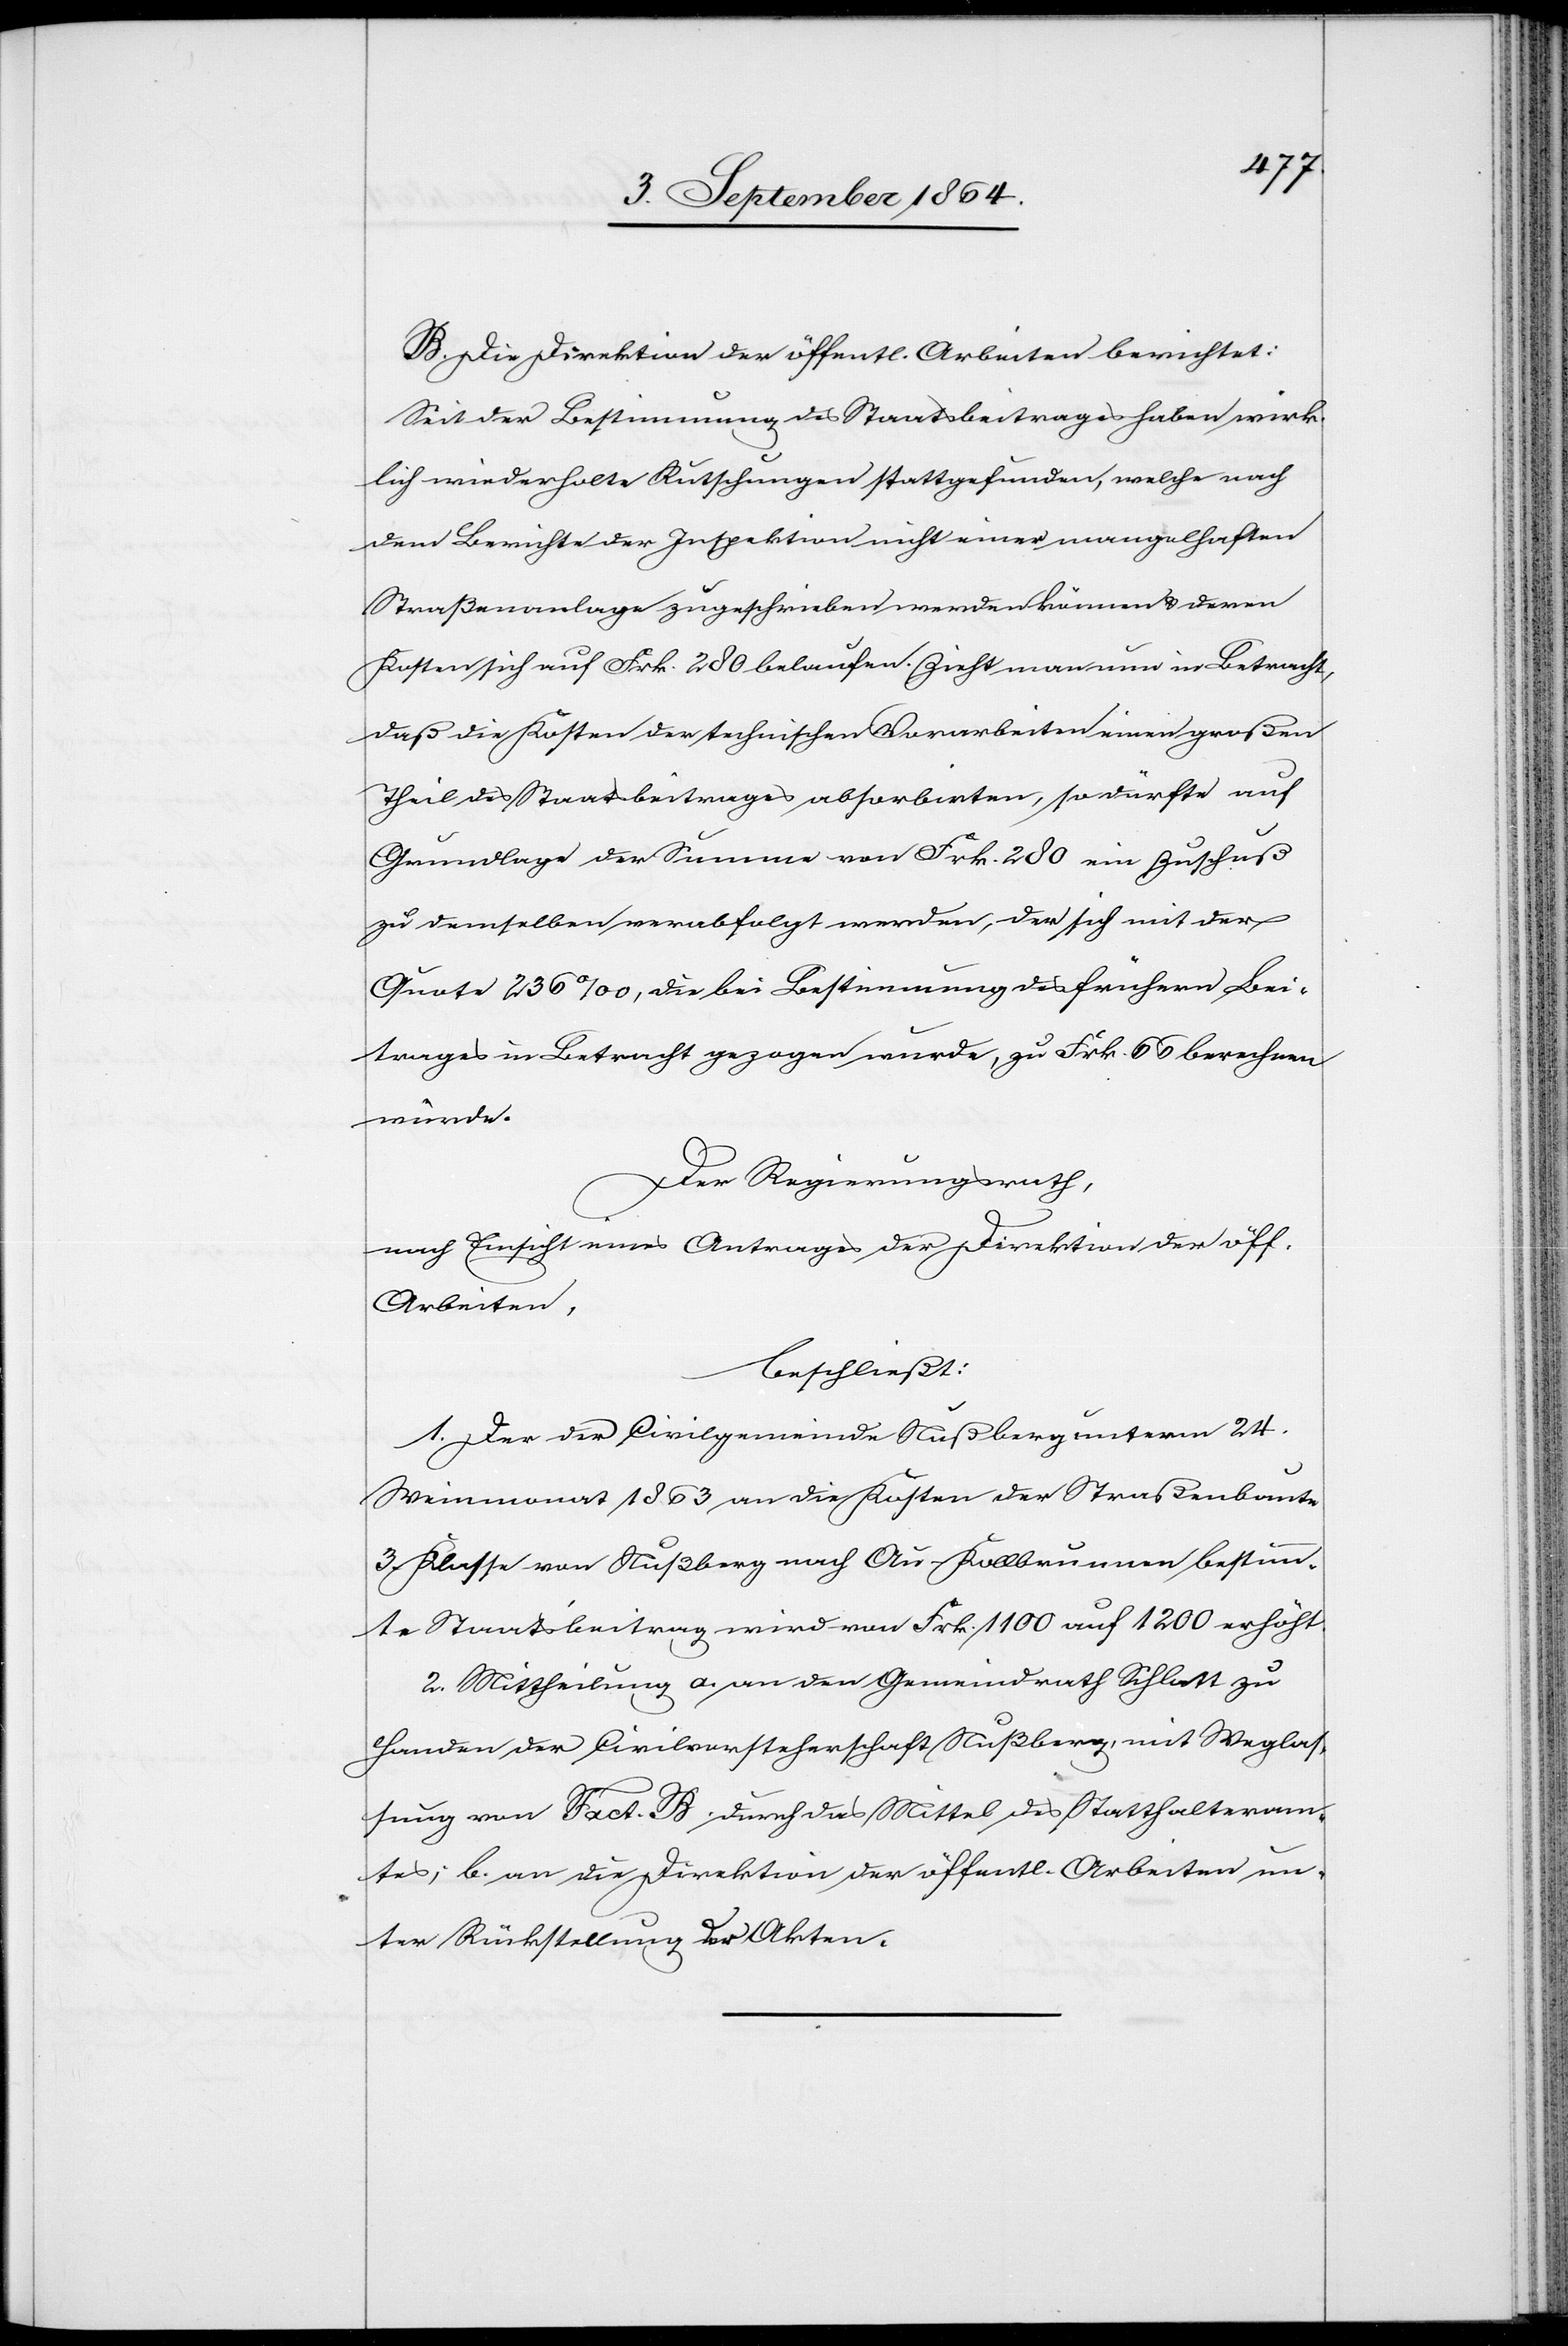
Die Direktion der öffentl. Arbeiten berichtet:
Seit der Bestimmung des Staatsbeitrages haben wirk¬
lich wiederholte Rutschungen stattgefunden, welche nach
dem Berichte der Inspektion nicht einer mangelhaften
Straßenanlage zugeschrieben werden können & deren
Kosten sich auf Frk. 280 belaufen. Zieht man nun in Betracht,
daß die Kosten der technischen Vorarbeiten einen großen
Theil des Staatsbeitrages absorbirten, so dürfte auf
Grundlage der Summe von Frk. 280 ein Zuschuß
zu demselben verabfolgt werden, der sich mit der
Quote 236‰, die bei der Bestimmung des frühern Bei¬
trages in Betracht gezogen wurde, zu Frk. 66 berechnen
würde.
Der Regierungsrath,
nach Einsicht eines Antrages der Direktion der öff.
Arbeiten,
beschließt:
1. Der der Civilgemeinde Nußberg unterm 24.
Weinmonat 1863 an die Kosten der Straßenbaute
3. Klasse von Nußberg nach Au-Kollbrunnen bestimm¬
te Staatsbeitrag wird von Frk. 1100 auf 1200 erhöht.
2. Mittheilung a. an den Gemeindrath Schlatt zu
Handen der Civilvorsteherschaft Nußberg, mit Weglas¬
sung von Fact. B durch das Mittel des Statthalteram¬
tes; b. an die Direktion der öffentl. Arbeiten un¬
ter Rückstellung der Akten.